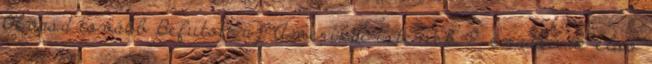
Olvasd tovább Befutott az Amerikai istenek 2. évadának első